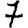
Digit: 7